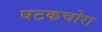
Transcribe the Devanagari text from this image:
षटकचोरा